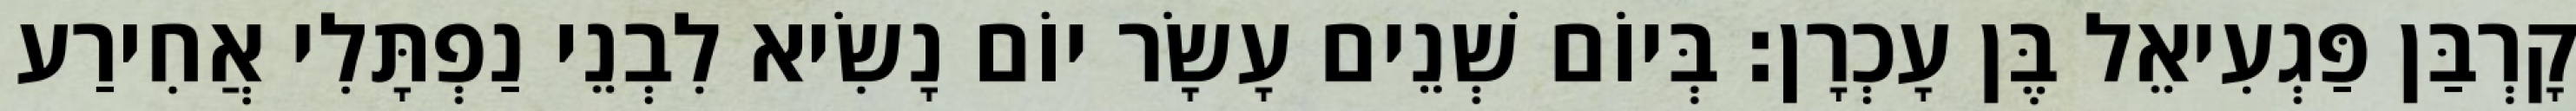
קָרְבַּן פַּגְעִיאֵל בֶּן עָכְרָן׃ בְּיוֹם שְׁנֵים עָשָׂר יוֹם נָשִׂיא לִבְנֵי נַפְתָּלִי אֲחִירַע